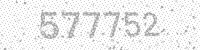
Solution: 577752